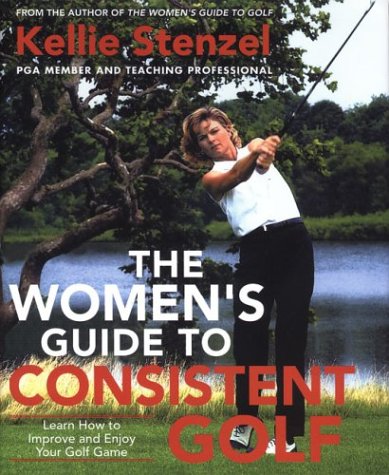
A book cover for The Women's Guide to Consistent Golf: Learn How to Improve and Enjoy Your Golf Game; Kellie Stenzel; Sports & Outdoors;